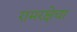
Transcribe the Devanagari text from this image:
रामरक्षेचा